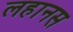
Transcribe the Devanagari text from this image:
लहानस